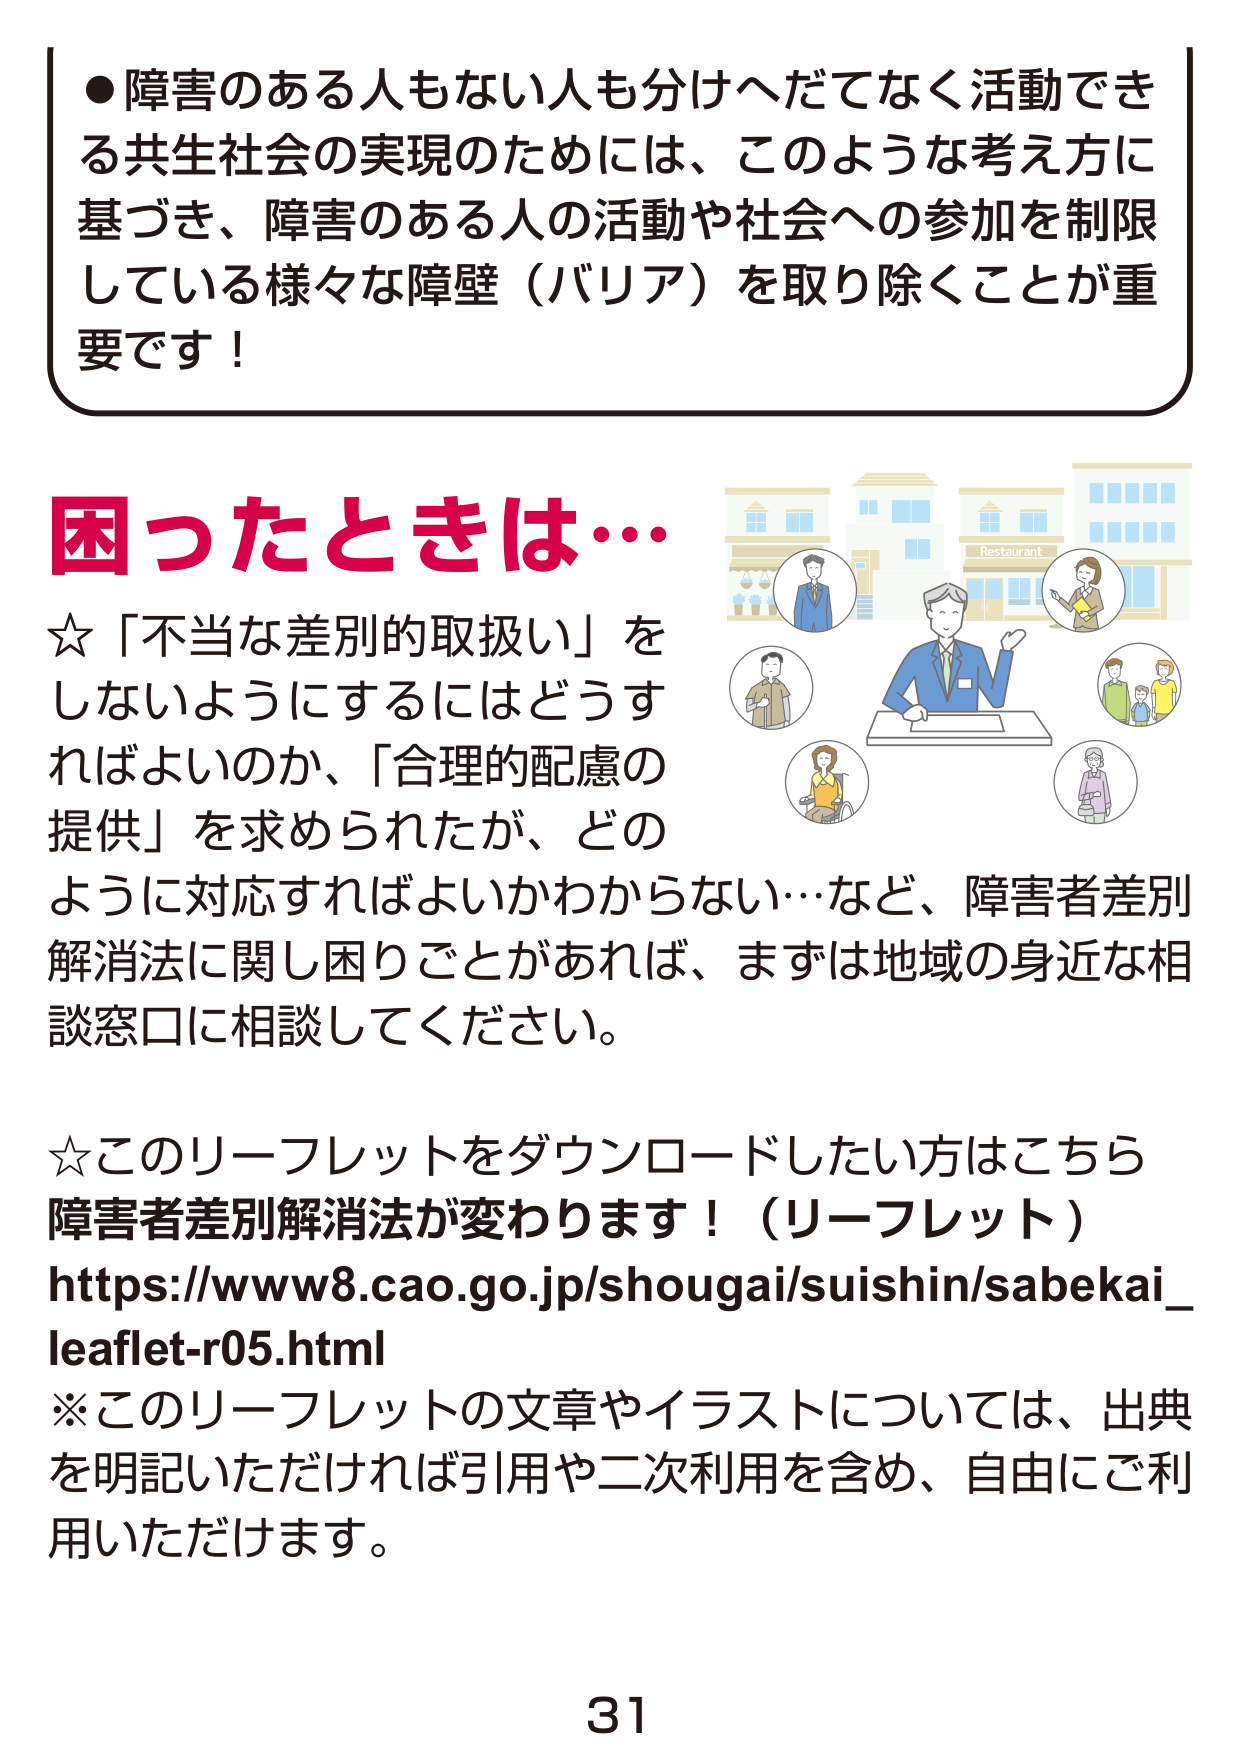
●障害のある人もない人も分けへだてなく活動できる共生社会の実現のためには、このような考え方に基づき、障害のある人の活動や社会への参加を制限している様々な障壁（バリア）を取り除くことが重要です！

困ったときは…
☆「不当な差別的取扱い」をしないようにするにはどうすればよいのか、「合理的配慮の提供」を求められたが、どのように対応すればよいかわからない…など、障害者差別解消法に関し困りごとがあれば、まずは地域の身近な相談窓口に相談してください。

☆このリーフレットをダウンロードしたい方はこちら
障害者差別解消法が変わります！（リーフレット）
https://www8.cao.go.jp/shougai/suishin/sabekai_leaflet-r05.html
※このリーフレットの文章やイラストについては、出典を明記いただければ引用や二次利用を含め、自由にご利用いただけます。

31